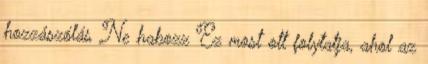
hozzászólás Ne habozz Ez most ott folytatja, ahol az